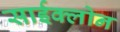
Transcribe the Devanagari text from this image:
साईक्लोन